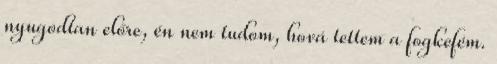
nyugodtan előre, én nem tudom, hová tettem a fogkefém.